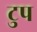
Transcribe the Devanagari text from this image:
टुप